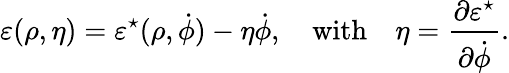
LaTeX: \varepsilon(\rho,\eta)=\varepsilon^{\star}(\rho,\dot{\phi})-\eta\dot{\phi},\quad\mathrm{with}\quad\eta=\frac{\partial\varepsilon^{\star}}{\partial\dot{\phi}}.